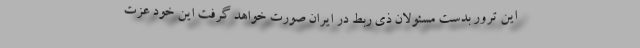
این ترور بدست مسئولان ذی ربط در ایران صورت خواهد گرفت این خود عزت